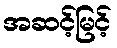
အဆင့်မြင့်